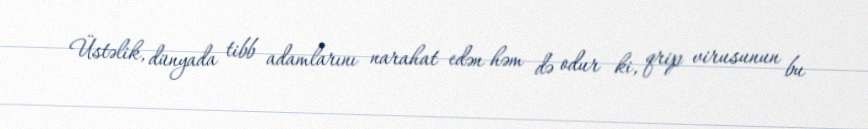
Üstəlik, dünyada tibb adamlarını narahat edən həm də odur ki, qrip virusunun bu